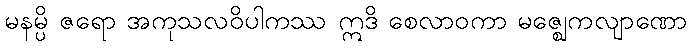
မနမ္ပိ ဇရော အကုသလဝိပါကဿ ဣဒိ စေလာဝကာ မဇ္ဈေကလျာဏော